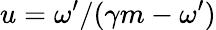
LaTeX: u=\omega^{\prime}/(\gamma m-\omega^{\prime})